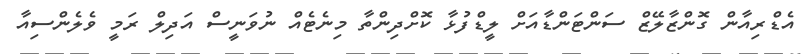
އެޑްރިއާން ގޮންޒާލޭޒް ސަންޓަންޑާއަށް ލީޑްފުޅާ ކޮށްދިންތާ މިނެޓެއް ނުވަނީސް އަދިލް ރަމީ ވެލެންސިއާ